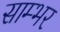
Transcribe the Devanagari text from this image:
साम्‍भर